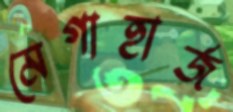
মেগাহার্জ